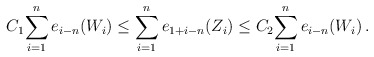
\begin{align*} C_1 \displaystyle{\sum_{i=1}^n e_{i-n}(W_i)} \le \displaystyle{\sum_{i=1}^n e_{1+i-n}(Z_i)} \le C_2 \displaystyle{\sum_{i=1}^n e_{i-n}(W_i)}\,. \end{align*}